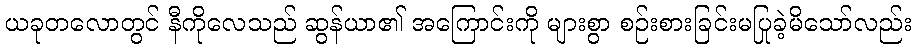
ယခုတလောတွင် နီကိုလေသည် ဆွန်ယာ၏ အကြောင်းကို များစွာ စဉ်းစားခြင်းမပြုခဲ့မိသော်လည်း